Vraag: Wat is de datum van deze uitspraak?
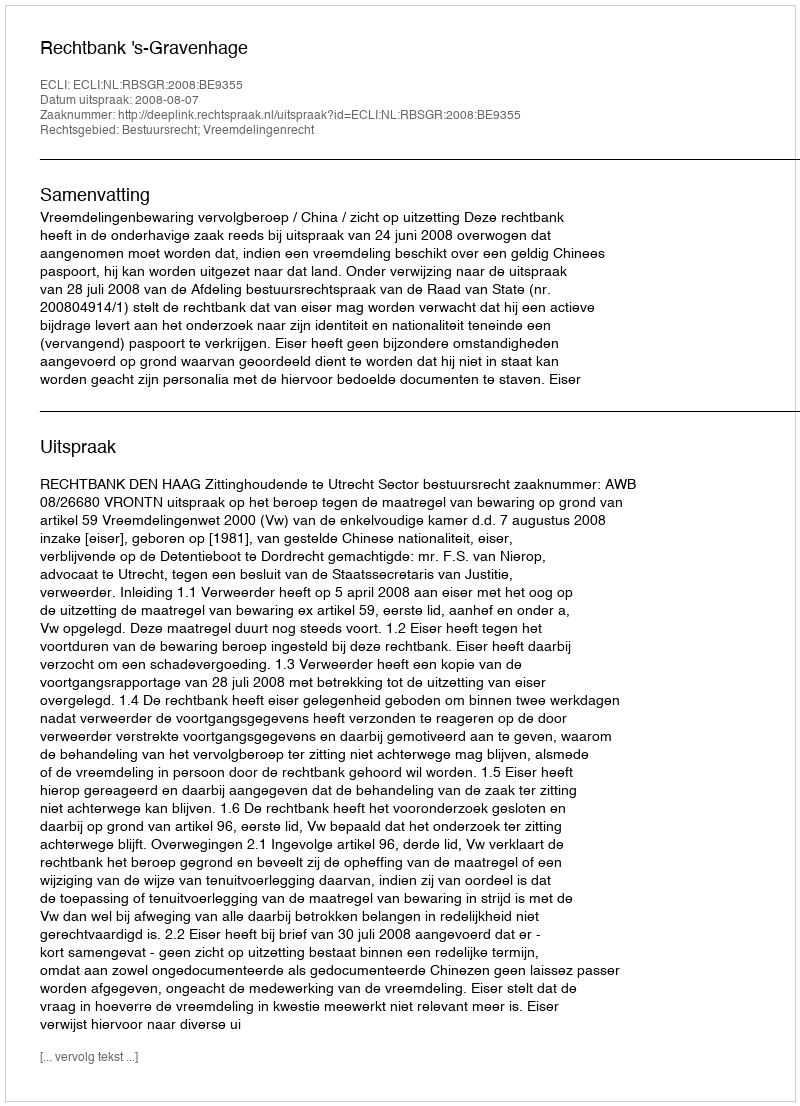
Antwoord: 2008-08-07